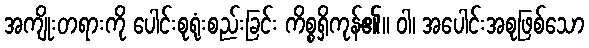
အကျိုးတရားကို ပေါင်းစုရုံးစည်းခြင်း ကိစ္စရှိကုန်၏။ ဝါ၊ အပေါင်းအစုဖြစ်သော